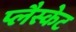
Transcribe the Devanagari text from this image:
प्लैस्केट